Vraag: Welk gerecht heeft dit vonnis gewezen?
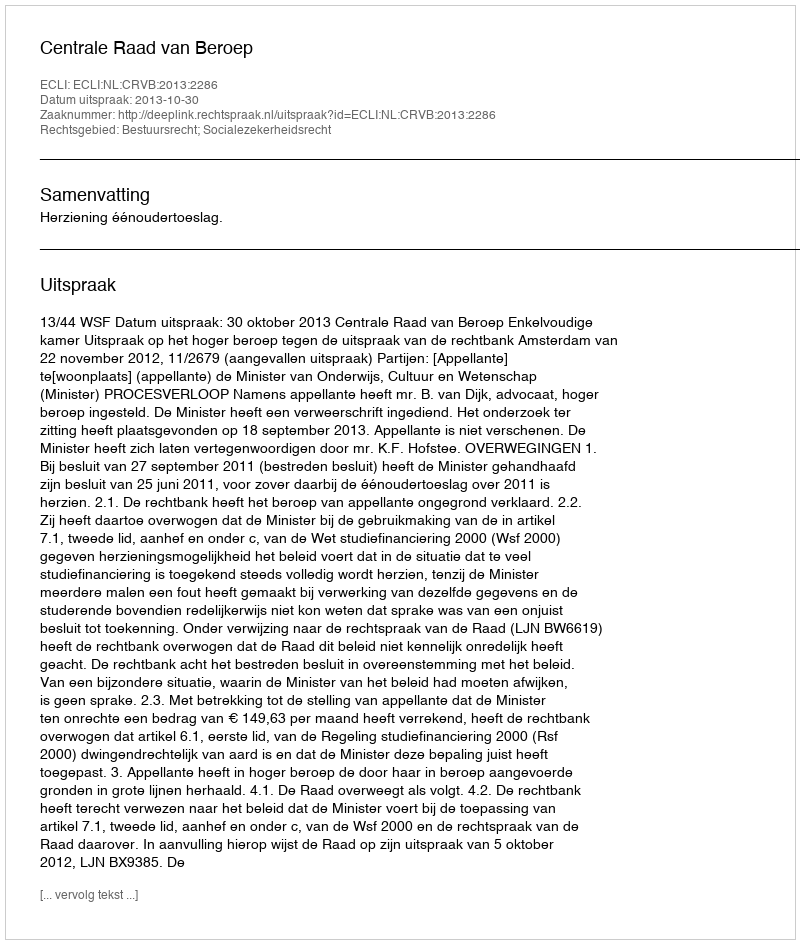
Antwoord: Centrale Raad van Beroep